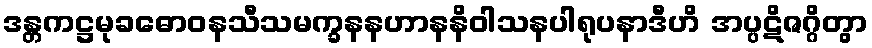
ဒန္တကဋ္ဌမုခဓောဝနသီသမက္ခနနဟာနနိဝါသနပါရုပနာဒီဟိ အပ္ပဋိဇဂ္ဂိတွာ